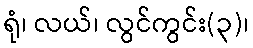
ရုံ၊ လယ်၊ လွင်ကွင်း(၃)၊